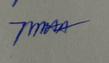
Signature authenticity: genuine